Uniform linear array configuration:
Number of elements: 48
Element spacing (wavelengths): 0.75
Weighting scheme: binomial
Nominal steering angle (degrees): -30
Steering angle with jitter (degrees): -28.884
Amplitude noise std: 0.05
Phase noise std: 0.05

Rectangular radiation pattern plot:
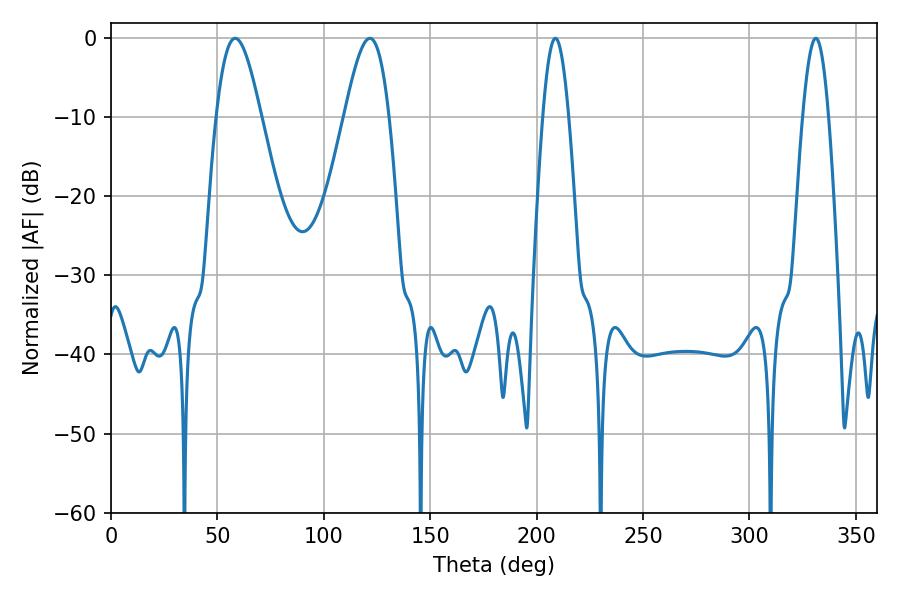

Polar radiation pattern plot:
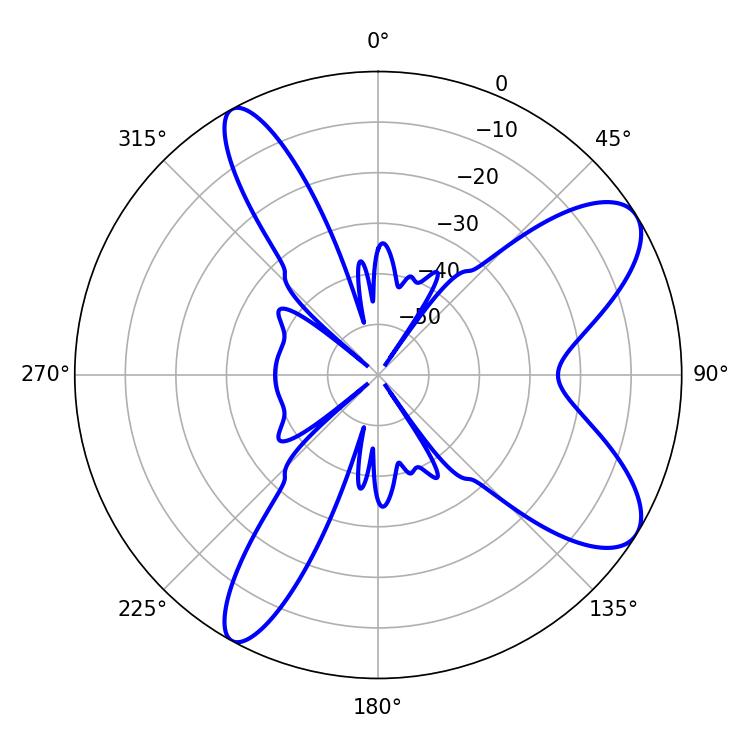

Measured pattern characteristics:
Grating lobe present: TRUE
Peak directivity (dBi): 8.988
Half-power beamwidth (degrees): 6.48
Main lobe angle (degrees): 208.8